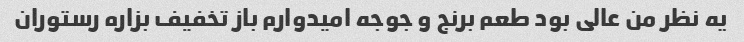
یه نظر من عالی بود طعم برنج و جوجه امیدوارم باز تخفیف بزاره رستوران